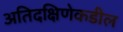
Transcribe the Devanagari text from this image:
अतिदक्षिणेकडील